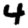
Digit: 4